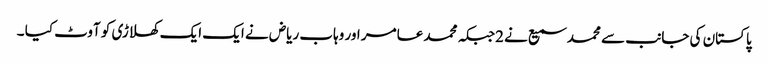
پاکستان کی جانب سے محمد سمیع نے 2جبکہ محمد عامر اور وہاب ریاض نے ایک ایک کھلاڑی کو آوٹ کیا ۔